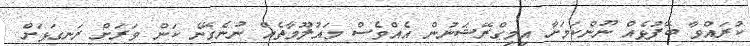
ކުރައްވާ ބޭފުޅެއް ނޫންކަމަށާ އިމިގްރޭޝަނުން އެއްވެސް މައުލޫމާތެއް ނުނެގޭނެ ކަން ވަރަށް ރަނގަޅަށް